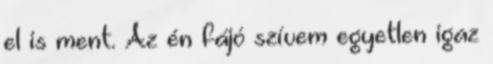
el is ment. Az én fájó szívem egyetlen igaz